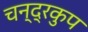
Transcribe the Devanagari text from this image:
चन्द्रकुप